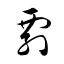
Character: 剽